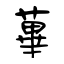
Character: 蓽